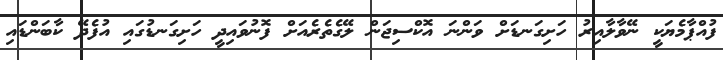
ފުއްޕާމެޔަކީ ނޭވާލާއިރު ހަށިގަނޑަށް ވަންނަ އޮކްސިޖަން ލޭގެތެރެއަށް ފޮނުވައިދީ ހަށިގަނޑުގައި އުފެދޭ ކާބަންޑައި